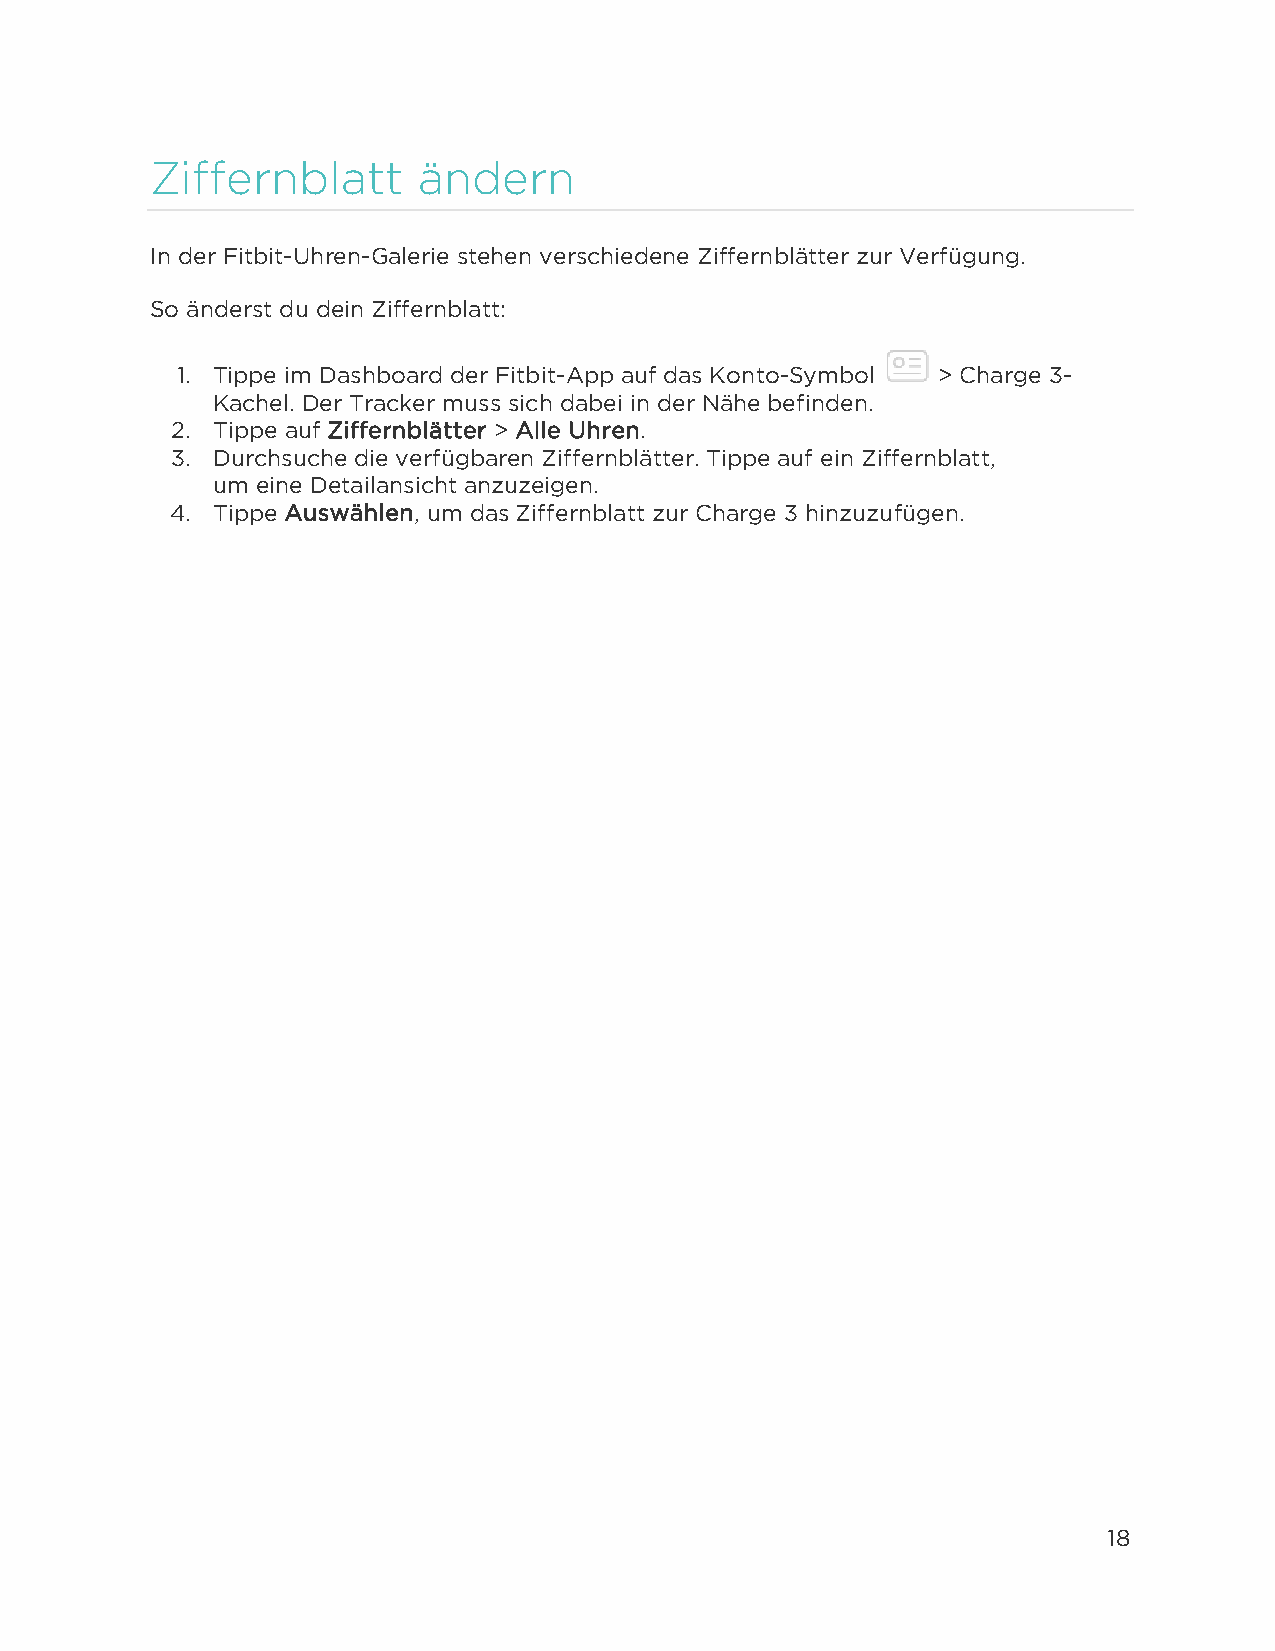
Ziffernblatt      ändern
 In der Fitbit-Uhren-Galerie stehen verschiedene Ziffernblätter zur Verfügung.
 So änderst du dein Ziffernblatt:
 1. Tippe im Dashboard der Fitbit-App auf das Konto-Symbol > Charge 3-
 Kachel. Der Tracker muss sich dabei in der Nähe befinden.
 2. Tippe auf Ziffernblätter > Alle Uhren.
 3. Durchsuche die verfügbaren Ziffernblätter. Tippe auf ein Ziffernblatt,
 um eine Detailansicht anzuzeigen.
 4. Tippe Auswählen, um das Ziffernblatt zur Charge 3 hinzuzufügen.
 18